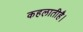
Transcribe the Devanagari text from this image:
कहलातीहै।